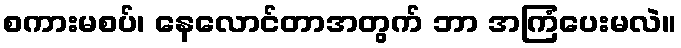
စကားမစပ်၊ နေလောင်တာအတွက် ဘာ အကြံပေးမလဲ။